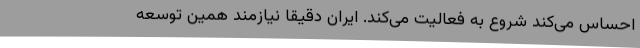
احساس می‌کند شروع به فعالیت می‌کند. ایران دقیقا نیازمند همین توسعه